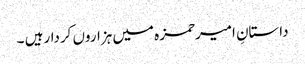
داستانِ امیرحمزہ میں ہزاروں کردارہیں ۔